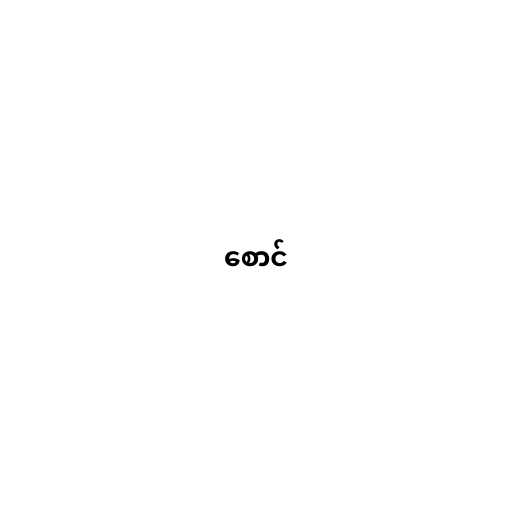
စောင်